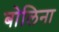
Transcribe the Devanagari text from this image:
बोलिना